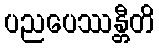
ပညပေဿန္တီတိ